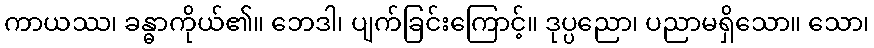
ကာယဿ၊ ခန္ဓာကိုယ်၏။ ဘေဒါ၊ ပျက်ခြင်းကြောင့်။ ဒုပ္ပညော၊ ပညာမရှိသော။ သော၊